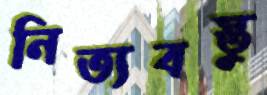
নিত্যবস্তু